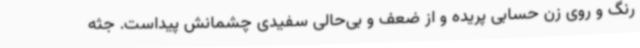
رنگ و روی زن حسابی پریده و از ضعف و بی‌حالی سفیدی چشمانش پیداست. جثه